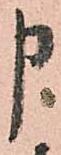
申